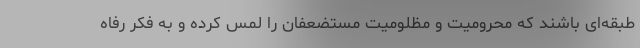
طبقه‌ای باشند که محرومیت و مظلومیت مستضعفان را لمس کرده و به فکر رفاه